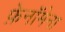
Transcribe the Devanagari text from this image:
फ़ेनॉमेना